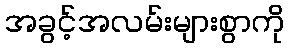
အခွင့်အလမ်းများစွာကို